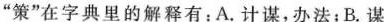
”策”在字典里的解释有：A.计谋，办法；B.谋